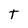
Character: T